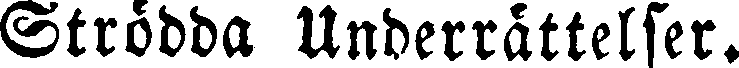
Strödda Unberrättelser.